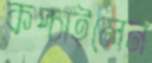
কপ্‌চাইলেন